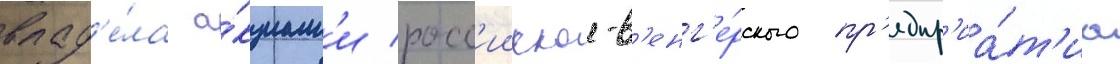
влад'е́ла а́кциам'и росс'ииско-в'енг'е́рского пр'едпр'иа́т'иа